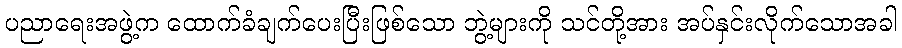
ပညာရေးအဖွဲ့က ထောက်ခံချက်ပေးပြီးဖြစ်သော ဘွဲ့များကို သင်တို့အား အပ်နှင်းလိုက်သောအခါ